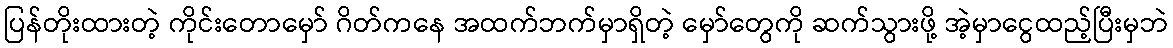
ပြန်တိုးထားတဲ့ ကိုင်းတောမှော် ဂိတ်ကနေ အထက်ဘက်မှာရှိတဲ့ မှော်တွေကို ဆက်သွားဖို့ အဲ့မှာငွေထည့်ပြီးမှဘဲ